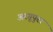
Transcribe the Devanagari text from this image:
अरगूपुरा